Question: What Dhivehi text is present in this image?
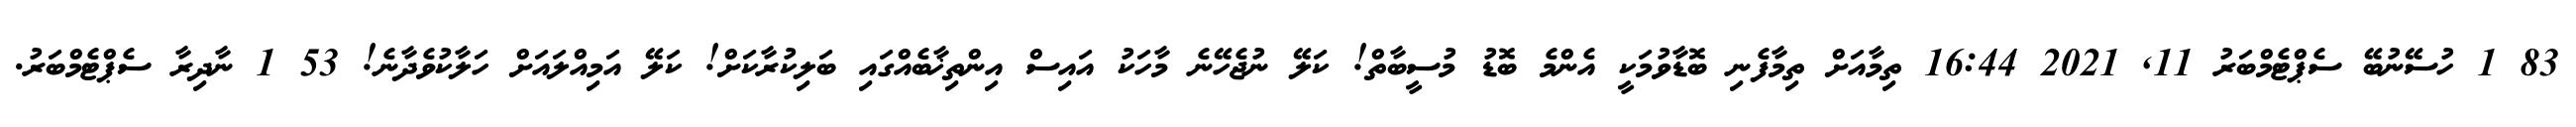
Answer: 83 1 ހުސޭނުބޭ ސެޕްޓެމްބަރު 11, 2021 16:44 ތިމާއަށް ތިމާފެނި ބޮޑާވުމަކީ އެންމެ ބޮޑު މުސީބާތް! ކަލޭ ނުޖެހޭނެ މާހަކު އައިސް އިންތިޚާބެއްގައި ބަލިކުރާކަށް! ކަލޭ އަމިއްލައަށް ހަލާކުވެދާނެ! 53 1 ނާދިރާ ސެޕްޓެމްބަރު.